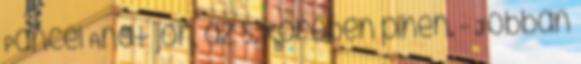
Páncél Anat jön, az 5. körében pihen. - Jobban